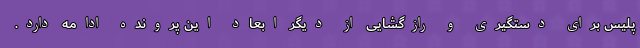
پلیس برای دستگیری و رازگشایی از دیگر ابعاد این پرونده ادامه دارد.